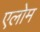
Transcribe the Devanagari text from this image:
एलोम